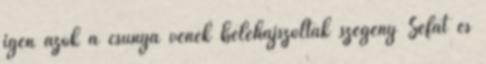
igen azok a csúnya vének belehajszolták szegény Sefát és